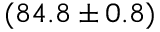
( 8 4 . 8 \pm { 0 . 8 } ) \